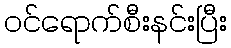
ဝင်ရောက်စီးနင်းပြီး